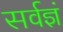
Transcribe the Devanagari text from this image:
सर्वज्ञं